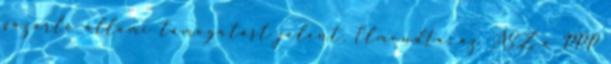
pazarló állami támogatást jelent. Elmondta: az ÁSZ a PPP